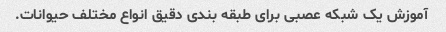
آموزش یک شبکه عصبی برای طبقه بندی دقیق انواع مختلف حیوانات.